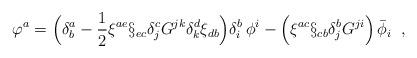
LaTeX: \begin{align*}\varphi^a=\Bigl(\delta^a_b-\frac{1}{2}\xi^{ae}\S_{ec}\delta^c_jG^{jk}\delta^d_k\xi_{db}\Bigr)\delta^b_i\,\phi^i-\Bigl(\xi^{ac}\S_{cb}\delta^b_jG^{ji}\Bigr)\,{\bar\phi}_i\;\; ,\end{align*}